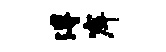
溥岸